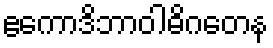
ဧကောဒိဘာဝါဓိဂတေန